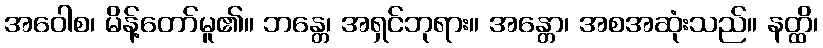
အဝေါစ၊ မိန့်တော်မူ၏။ ဘန္တေ၊ အရှင်ဘုရား။ အန္တော၊ အစအဆုံးသည်။ နတ္ထိ၊